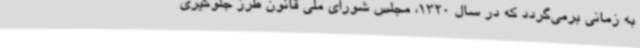
به زمانی برمی‌گردد که در سال 1320، مجلس شورای ملی قانون طرز جلوگیری